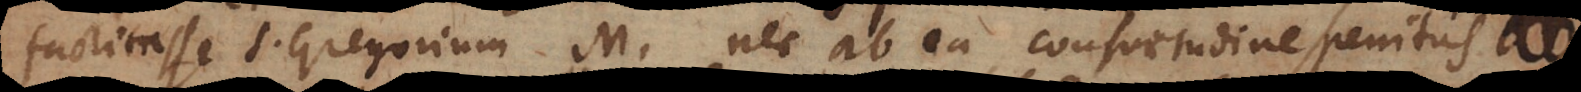
factitasse S. Gregorium M. nec ab ea consuetudine penitus abh